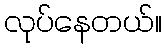
လုပ်နေတယ်။